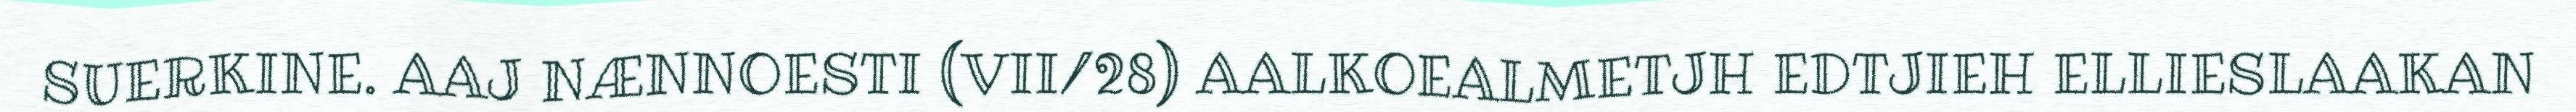
SUERKINE. AAJ NÆNNOESTI (VII/28) AALKOEALMETJH EDTJIEH ELLIESLAAKAN